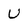
Character: U